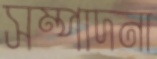
সম্পাদনা